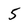
Character: 5